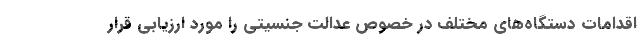
اقدامات دستگاه‌های مختلف در خصوص عدالت جنسیتی را مورد ارزیابی قرار